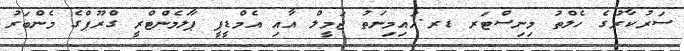
ސަރުކާރުގެ ހެލްތު މިނިސްޓަރ ޑރ.އައިމިނަތު ޖަމީލް އާއި އެމްޑީޕީ ޕާލަމެންޓްރީ ގްރޫޕްގެ މެންބަރު